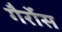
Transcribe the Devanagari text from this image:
गैर्रोस